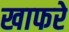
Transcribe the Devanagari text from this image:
खाफरे